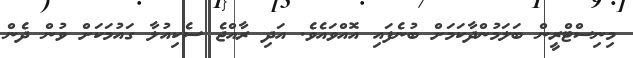
މިނިސްޓްރީން ބަލަމުންދާކަމަށް ބުނެފައި އޮއްވައެވެ. އަދި ރާއްޖެ ސެކިއުލާ ގައުމަކަށް ވުން ދެން